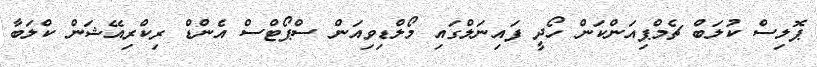
ޕޮލިސް ކުލަބް ޗެމްޕިއަންކަން ހޯދީ ފައިނަލްގައި މޯލްޑިވިއަން ސްޕޯޓްސް އެންޑް ރިކްރިއޭޝަން ކްލަބާ